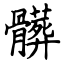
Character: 髒